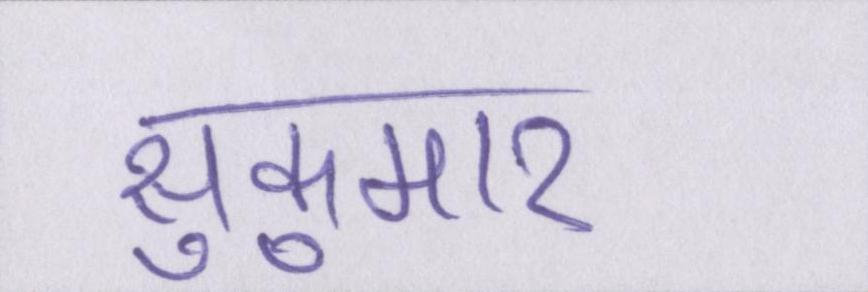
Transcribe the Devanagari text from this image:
सुकुमार